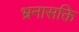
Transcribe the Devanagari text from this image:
भ्रनासक्ति